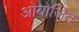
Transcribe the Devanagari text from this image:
ओयोजित